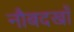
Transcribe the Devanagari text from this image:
नौबदखाँ